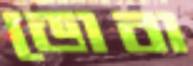
ডোবা